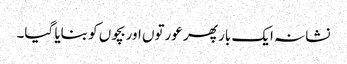
نشانہ ایک بار پھر عورتوں اوربچوں کو بنایا گیا۔